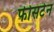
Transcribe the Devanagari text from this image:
फीसटेन